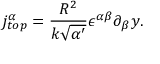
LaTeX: j _ { t o p } ^ { \alpha } = \frac { R ^ { 2 } } { k \sqrt { \alpha ^ { \prime } } } \epsilon ^ { \alpha \beta } \partial _ { \beta } y .